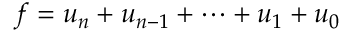
f = u _ { n } + u _ { n - 1 } + \dots + u _ { 1 } + u _ { 0 }